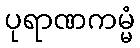
ပုရာဏကမ္မံ